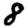
Digit: 8